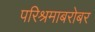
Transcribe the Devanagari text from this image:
परिश्रमाबरोबर